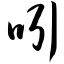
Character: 吲